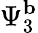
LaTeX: \Psi_{3}^{\mathbf{b}}